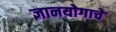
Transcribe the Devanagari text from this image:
ज्ञानयोगाचे